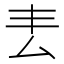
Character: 𠫢